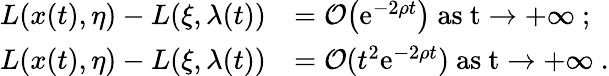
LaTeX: \begin{array}{rl}{L(x(t),\eta)-L(\xi,\lambda(t))}&{=\mathcal{O}\big(\mathrm{e}^{-2\rho t}\big)\ \mathrm{as~t\to+\infty~};}\\ {L(x(t),\eta)-L(\xi,\lambda(t))}&{=\mathcal{O}(t^{2}\mathrm{e}^{-2\rho t})\ \mathrm{as~t\to+\infty~}.}\end{array}